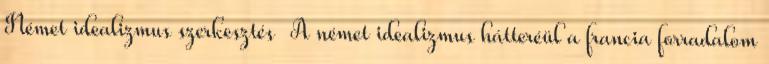
Német idealizmus szerkesztés A német idealizmus hátteréül a francia forradalom